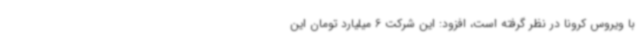
با ویروس کرونا در نظر گرفته است، افزود: این شرکت 6 میلیارد تومان این